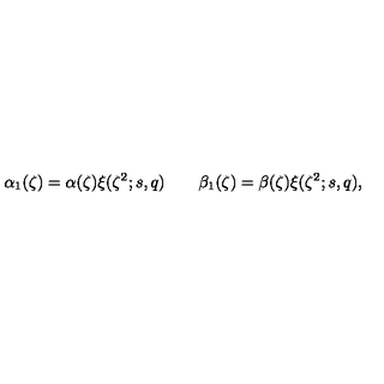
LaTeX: \alpha _ { 1 } ( \zeta ) = \alpha ( \zeta ) \xi ( \zeta ^ { 2 } ; s , q ) \qquad \beta _ { 1 } ( \zeta ) = \beta ( \zeta ) \xi ( \zeta ^ { 2 } ; s , q ) ,